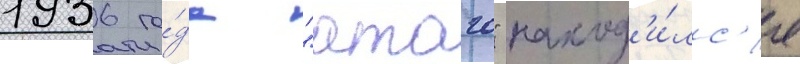
1936 го́да "атаго" наход'и́лс'я